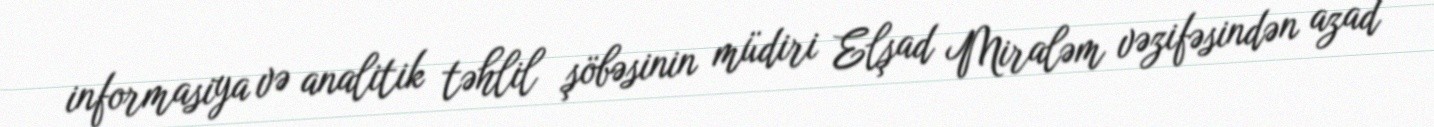
informasiya və analitik təhlil şöbəsinin müdiri Elşad Miraləm vəzifəsindən azad